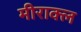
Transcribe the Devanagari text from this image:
मीराक्ल